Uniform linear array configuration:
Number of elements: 64
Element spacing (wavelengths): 1
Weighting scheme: hamming
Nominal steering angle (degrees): -30
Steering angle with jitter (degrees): -28.687
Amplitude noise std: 0.05
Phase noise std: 0.05

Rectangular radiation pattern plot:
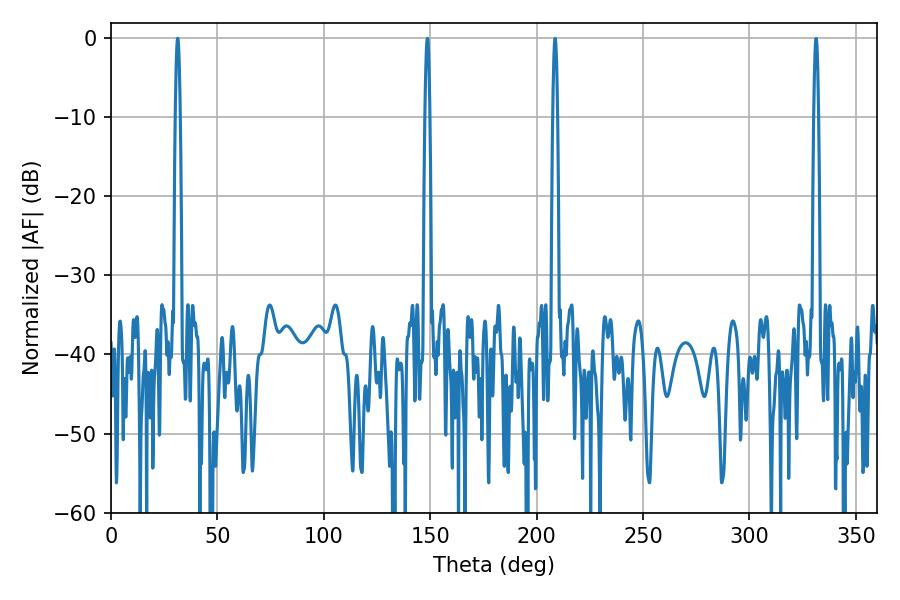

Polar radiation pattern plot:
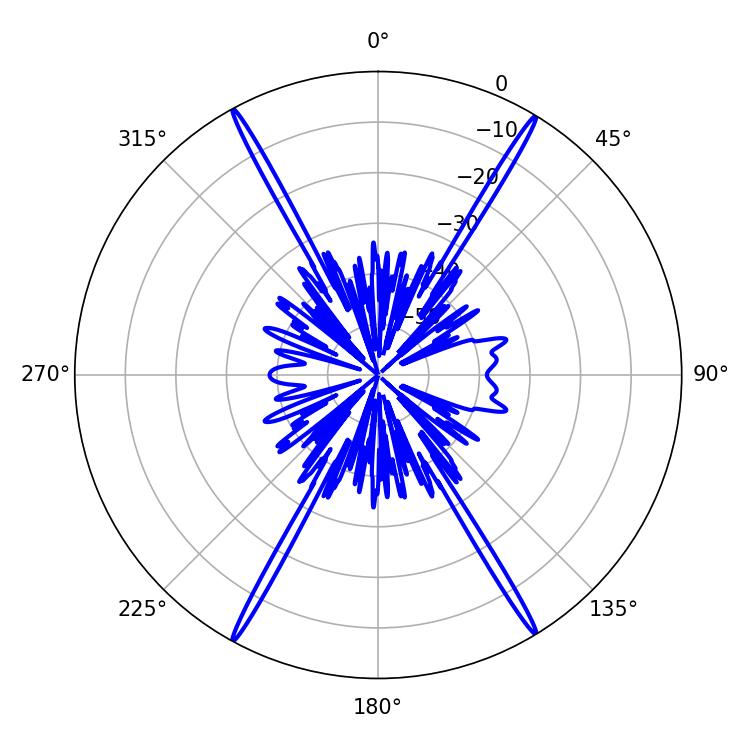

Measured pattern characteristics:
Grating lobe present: TRUE
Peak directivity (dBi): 28.646
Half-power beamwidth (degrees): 1.08
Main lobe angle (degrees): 31.32